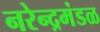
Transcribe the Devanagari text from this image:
नरेन्द्रमंडळ